Vaccination in Bombay 1863-1868 - 1863-1868
Year: 1863
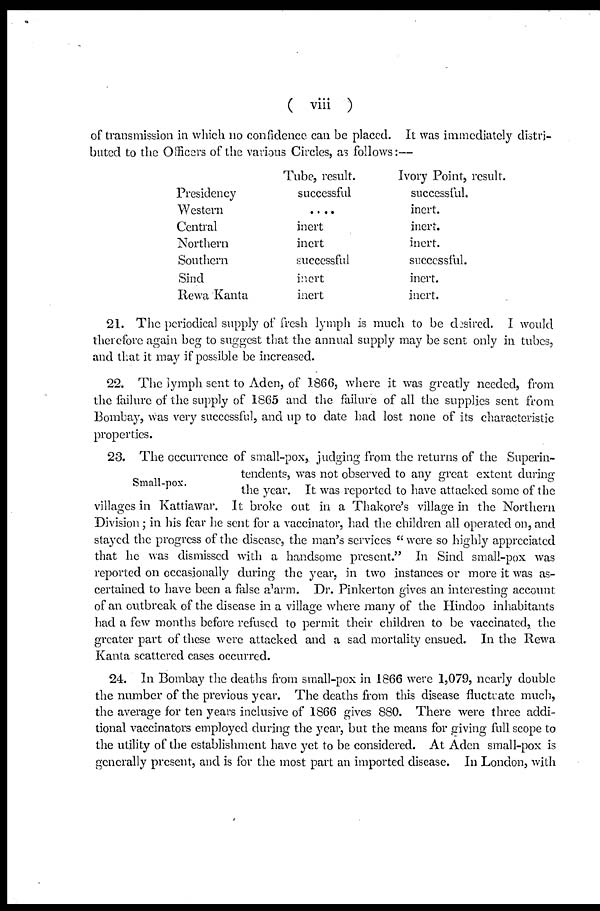
( viii )
of transmission in which no confidence can be placed. It was immediately distri-
buted to the Officers of the various Circles, as follows:—
Presidency
Western
Central
Northern
Southern
Sind
Rewa Kanta
Tube, result.
successful
....
inert
inert
successful
inert
inert
Ivory Point, result.
successful.
inert.
inert.
inert.
successful.
inert.
inert.
21. The periodical supply of fresh lymph is much to be desired. I would
therefore again beg to suggest that the annual supply may be sent only in tubes,
and that it may if possible be increased.
22. The lymph sent to Aden, of 1866, where it was greatly needed, from
the failure of the supply of 1865 and the failure of all the supplies sent from
Bombay, was very successful, and up to date had lost none of its characteristic
properties.
Small-pox.
23. The occurrence of small-pox, judging from the returns of the Superin-
tendents, was not observed to any great extent during
the year. It was reported to have attacked some of the
villages in Kattiawar. It broke out in a Thakore's village in the Northern
Division; in his fear he sent for a vaccinator, had the children all operated on, and
stayed the progress of the disease, the man's services " were so highly appreciated
that he was dismissed with a handsome present." In Sind small-pox was
reported on occasionally during the year, in two instances or more it was as-
certained to have been a false alarm. Dr. Pinkerton gives an interesting account
of an outbreak of the disease in a village where many of the Hindoo inhabitants
had a few months before refused to permit their children to be vaccinated, the
greater part of these were attacked and a sad mortality ensued. In the Rewa
Kanta scattered cases occurred.
24. In Bombay the deaths from small-pox in 1866 were 1,079, nearly double
the number of the previous year. The deaths from this disease fluctuate much,
the average for ten years inclusive of 1866 gives 880. There were three addi-
tional vaccinators employed during the year, but the means for giving full scope to
the utility of the establishment have yet to be considered. At Aden small-pox is
generally present, and is for the most part an imported disease. In London, with